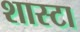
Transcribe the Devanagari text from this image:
शास्टा